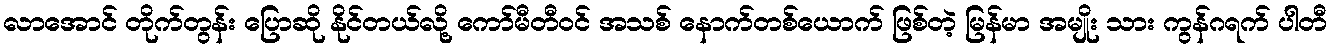
လာအောင် တိုက်တွန်း ပြောဆို နိုင်တယ်လို့ ကော်မီတီဝင် အသစ် နောက်တစ်ယောက် ဖြစ်တဲ့ မြန်မာ အမျိုး သား ကွန်ဂရက် ပါတီ